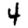
Digit: 4